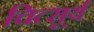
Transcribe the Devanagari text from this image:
चित्सूर्य